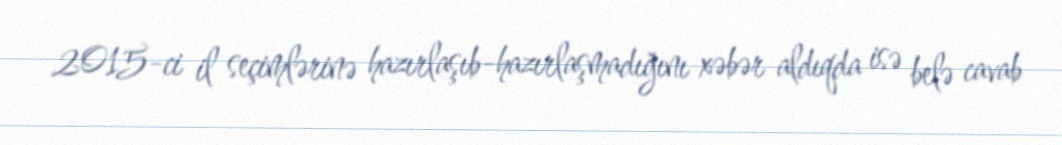
2015-ci il seçimlərinə hazırlaşıb-hazırlaşmadığını xəbər aldıqda isə belə cavab